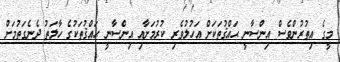
މީގެ އިތުރުންވެސް އިންސާނީ ޙައްޤުތަކަށް އަހުލުވެރި ކުރުމަށާއި އިންސާނީ ޙައްޤުތަކުގެ ހާލަތު ދެނެގަތުމަށް